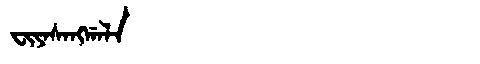
Manchu: ᠸᡳᠶᠠᠰᠠᠩᡤᠠᠯᠠ
Romanization: FIYASANGGALA